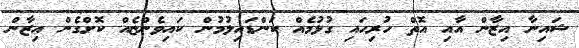
ޝައިނާ އިޒާން އާއި އޮތް ހުރިހައި ގުޅުމެއް ކަންޑައިލުމުން ކައިވެންޏެއް ކޮށްގެން އިޒާން